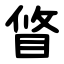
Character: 䀺